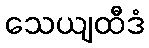
သေယျထီဒံ